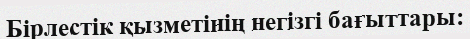
Бірлестік қызметінің негізгі бағыттары: